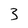
Character: 3